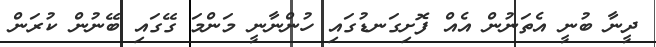
ދީނާ ބުނީ އެތަނުން އެއް ފޮށިގަނޑުގައި ހުންނާނީ މަންމަ ގޭގައި ބޭނުން ކުރަން